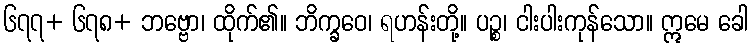
၆၇၇+ ၆၇၈+ ဘဗ္ဗော၊ ထိုက်၏။ ဘိက္ခဝေ၊ ရဟန်းတို့။ ပဉ္စ၊ ငါးပါးကုန်သော။ ဣမေ ခေါ